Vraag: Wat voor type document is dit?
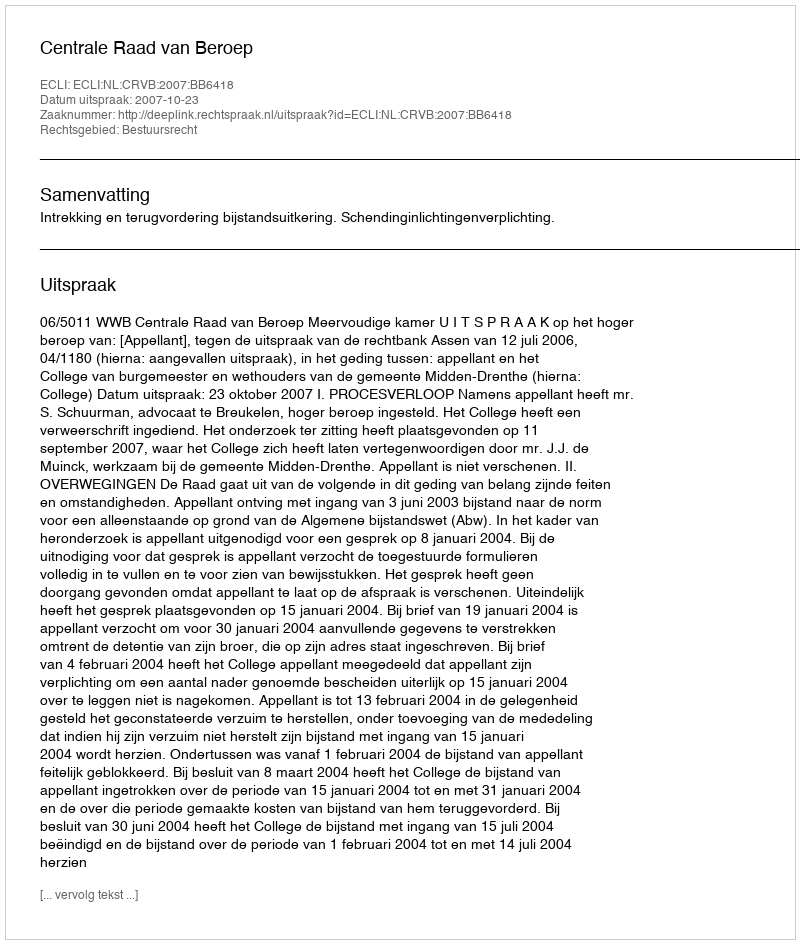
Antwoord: Uitspraak